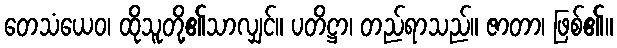
တေသံယေဝ၊ ထိုသူတို့၏သာလျှင်။ ပတိဋ္ဌာ၊ တည်ရာသည်။ ဇာတာ၊ ဖြစ်၏။